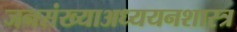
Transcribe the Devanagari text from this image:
जनसंख्याअध्ययनशास्त्र